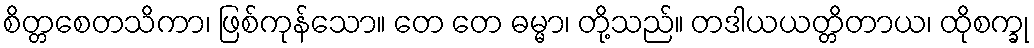
စိတ္တစေတသိကာ၊ ဖြစ်ကုန်သော။ တေ တေ ဓမ္မာ၊ တို့သည်။ တဒါယယတ္တိတာယ၊ ထိုစက္ခု